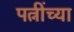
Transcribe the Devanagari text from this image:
पत्नींच्या